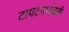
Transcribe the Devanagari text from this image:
टायटनभोवती